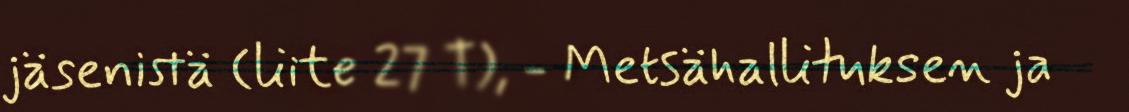
jäsenistä (liite 27 T), - Metsähallituksen ja